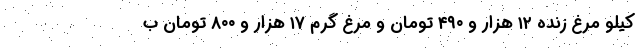
کیلو مرغ زنده ۱۲ هزار و ۴۹۰ تومان و مرغ گرم ۱۷ هزار و ۸۰۰ تومان ب